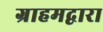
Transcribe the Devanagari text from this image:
ग्राहमद्वारा